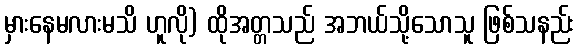
မှားနေမလားမသိ ဟူလို) ထိုအတ္တသည် အဘယ်သို့သောသူ ဖြစ်သနည်း